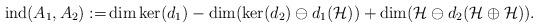
LaTeX: \begin{align*}\operatorname{ind}(A_{1},A_{2}):=&\operatorname{dim}\operatorname{ker}(d_1)-\operatorname{dim}(\operatorname{ker}(d_2) \ominus d_{1}({\mathcal H}))+\operatorname{dim}({\mathcal H} \ominus d_{2}({\mathcal H\oplus \mathcal H})).\end{align*}